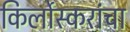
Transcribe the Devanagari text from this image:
किर्लोस्करांचा